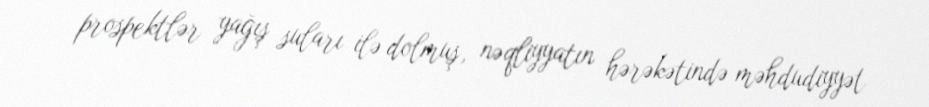
prospektlər yağış suları ilə dolmuş, nəqliyyatın hərəkətində məhdudiyyət